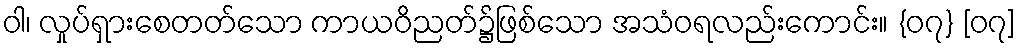
ဝါ၊ လှုပ်ရှားစေတတ်သော ကာယဝိညတ်၌ဖြစ်သော အသံဝရလည်းကောင်း။ {၀၇} [၀၇]